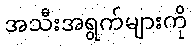
အသီးအရွက်များကို